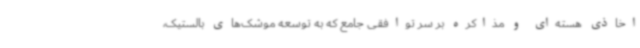
اخاذی هسته‌ای و مذاکره بر سر توافقی جامع که به توسعه موشک‌های بالستیک،